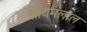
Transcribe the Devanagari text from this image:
शायमलाल